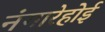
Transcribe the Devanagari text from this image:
नंगारेहोई